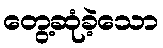
တွေ့ဆုံခဲ့သော